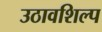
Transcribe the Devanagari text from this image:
उठावशिल्प